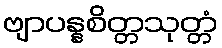
ဗျာပန္နစိတ္တသုတ္တံ